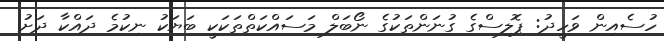
ހުސެއިން ވަހީދު: ޕޮލިސްގެ ގުނަންތަކުގެ ނޯބަލް މަސައްކަތްތަކަކީ ބަޔަކު ނިކުމެ ދައްކާ ދަށު